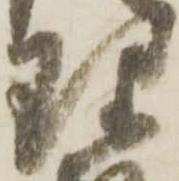
理